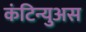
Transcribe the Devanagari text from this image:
कंटिन्युअस